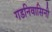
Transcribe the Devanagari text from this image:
गडनिवासिनी